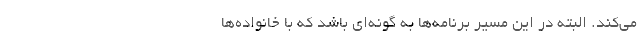
می‌کند. البته در این مسیر برنامه‌ها به گونه‌ای باشد که با خانواده‌ها